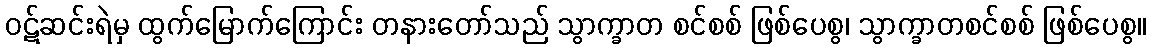
ဝဋ်ဆင်းရဲမှ ထွက်မြောက်ကြောင်း တနားတော်သည် သွာက္ခာတ စင်စစ် ဖြစ်ပေစွ၊ သွာက္ခာတစင်စစ် ဖြစ်ပေစွ။